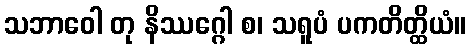
သဘာဝေါ တု နိဿဂ္ဂေါ စ၊ သရူပံ ပကတိတ္ထိယံ။